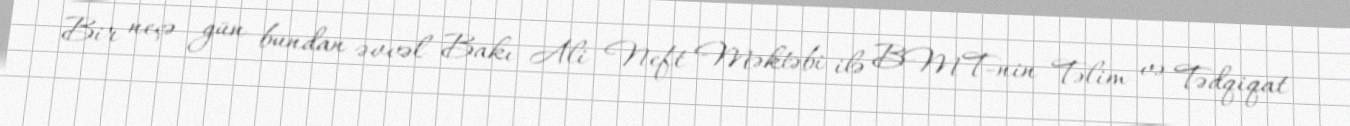
Bir neçə gün bundan əvvəl Bakı Ali Neft Məktəbi ilə BMT-nin Təlim və Tədqiqat